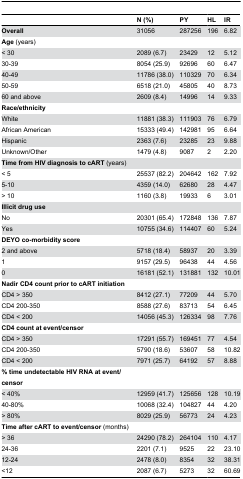
<table><thead><tr><td></td><td><b>N (%)</b></td><td><b>PY</b></td><td><b>HL</b></td><td><b>IR</b></td></tr></thead><tbody><tr><td><b>Overall</b></td><td>31056</td><td>287256</td><td>196</td><td>6.82</td></tr><tr><td><b>Age</b> (years)</td><td></td><td></td><td></td><td></td></tr><tr><td>&lt; 30</td><td>2089 (6.7)</td><td>23429</td><td>12</td><td>5.12</td></tr><tr><td>30-39</td><td>8054 (25.9)</td><td>92696</td><td>60</td><td>6.47</td></tr><tr><td>40-49</td><td>11786 (38.0)</td><td>110329</td><td>70</td><td>6.34</td></tr><tr><td>50-59</td><td>6518 (21.0)</td><td>45805</td><td>40</td><td>8.73</td></tr><tr><td>60 and above</td><td>2609 (8.4)</td><td>14996</td><td>14</td><td>9.33</td></tr><tr><td><b>Race/ethnicity</b></td><td></td><td></td><td></td><td></td></tr><tr><td>White</td><td>11881 (38.3)</td><td>111903</td><td>76</td><td>6.79</td></tr><tr><td>African American</td><td>15333 (49.4)</td><td>142981</td><td>95</td><td>6.64</td></tr><tr><td>Hispanic</td><td>2363 (7.6)</td><td>23285</td><td>23</td><td>9.88</td></tr><tr><td>Unknown/Other</td><td>1479 (4.8)</td><td>9087</td><td>2</td><td>2.20</td></tr><tr><td><b>Time from HIV diagnosis to cART</b> (years)</td><td></td><td></td><td></td><td></td></tr><tr><td>&lt; 5</td><td>25537 (82.2)</td><td>204642</td><td>162</td><td>7.92</td></tr><tr><td>5-10</td><td>4359 (14.0)</td><td>62680</td><td>28</td><td>4.47</td></tr><tr><td>&gt; 10</td><td>1160 (3.8)</td><td>19933</td><td>6</td><td>3.01</td></tr><tr><td><b>Illicit drug use</b></td><td></td><td></td><td></td><td></td></tr><tr><td>No</td><td>20301 (65.4)</td><td>172848</td><td>136</td><td>7.87</td></tr><tr><td>Yes</td><td>10755 (34.6)</td><td>114407</td><td>60</td><td>5.24</td></tr><tr><td><b>DEYO co-morbidity score</b></td><td></td><td></td><td></td><td></td></tr><tr><td>2 and above</td><td>5718 (18.4)</td><td>58937</td><td>20</td><td>3.39</td></tr><tr><td>1</td><td>9157 (29.5)</td><td>96438</td><td>44</td><td>4.56</td></tr><tr><td>0</td><td>16181 (52.1)</td><td>131881</td><td>132</td><td>10.01</td></tr><tr><td><b>Nadir CD4 count prior to cART initiation</b></td><td></td><td></td><td></td><td></td></tr><tr><td>CD4 &gt; 350</td><td>8412 (27.1)</td><td>77209</td><td>44</td><td>5.70</td></tr><tr><td>CD4 200-350</td><td>8588 (27.6)</td><td>83713</td><td>54</td><td>6.45</td></tr><tr><td>CD4 &lt; 200</td><td>14056 (45.3)</td><td>126334</td><td>98</td><td>7.76</td></tr><tr><td><b>CD4 count at event/censor</b></td><td></td><td></td><td></td><td></td></tr><tr><td>CD4 &gt; 350</td><td>17291 (55.7)</td><td>169451</td><td>77</td><td>4.54</td></tr><tr><td>CD4 200-350</td><td>5790 (18.6)</td><td>53607</td><td>58</td><td>10.82</td></tr><tr><td>CD4 &lt; 200</td><td>7971 (25.7)</td><td>64192</td><td>57</td><td>8.88</td></tr><tr><td><b>% time undetectable HIV RNA at event/censor</b></td><td></td><td></td><td></td><td></td></tr><tr><td>&lt; 40%</td><td>12959 (41.7)</td><td>125656</td><td>128</td><td>10.19</td></tr><tr><td>40-80%</td><td>10068 (32.4)</td><td>104827</td><td>44</td><td>4.20</td></tr><tr><td>&gt; 80%</td><td>8029 (25.9)</td><td>56773</td><td>24</td><td>4.23</td></tr><tr><td><b>Time after cART to event/censor</b> (months)</td><td></td><td></td><td></td><td></td></tr><tr><td>&gt; 36</td><td>24290 (78.2)</td><td>264104</td><td>110</td><td>4.17</td></tr><tr><td>24-36</td><td>2201 (7.1)</td><td>9525</td><td>22</td><td>23.10</td></tr><tr><td>12-24</td><td>2478 (8.0)</td><td>8354</td><td>32</td><td>38.31</td></tr><tr><td>&lt;12</td><td>2087 (6.7)</td><td>5273</td><td>32</td><td>60.69</td></tr></tbody></table>